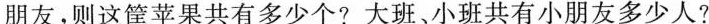
朋友，则这筐苹果共有多少个?大班、小班共有小朋友多少人?